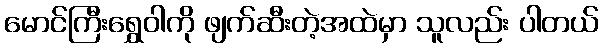
မောင်ကြီးရွှေဝါကို ဖျက်ဆီးတဲ့အထဲမှာ သူလည်း ပါတယ်